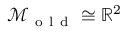
\mathcal { M } _ { \mathrm { ~ o ~ l ~ d ~ } } \cong \mathbb { R } ^ { 2 }